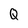
Character: Q